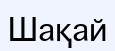
Шақай